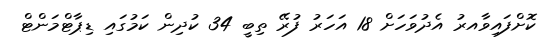
ކޮށްފައިވާއރު އެދުވަހަށް 18 އަހަރު ފުރޭ ތިބީ 34 ކުދިން ކަމުގައި ޑިޕާޓްމަންޓް